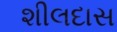
શીલદાસ